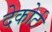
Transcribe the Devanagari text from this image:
देकोर्ट